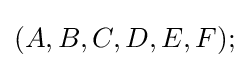
(A,B,C,D,E,F);